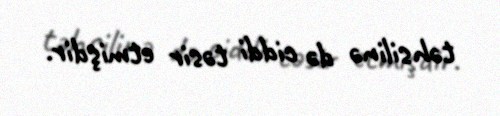
təhsilinə də ciddi təsir etmişdir.